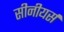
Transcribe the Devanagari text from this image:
सीनीयर्स